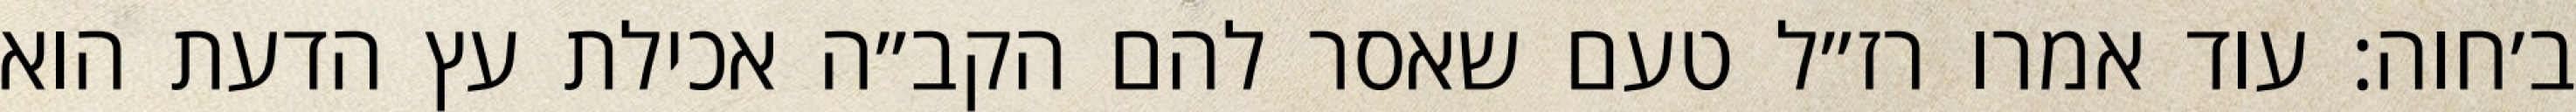
ב׳חוה: עוד אמרו רז״ל טעם שאסר להם הקב״ה אכילת עץ הדעת הוא